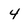
Character: 4